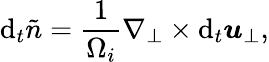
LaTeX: \mathrm{d}_{t}\tilde{n}=\frac{1}{\Omega_{i}}\nabla_{\perp}\times\mathrm{d}_{t}\boldsymbol{u}_{\perp},